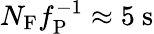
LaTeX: N_{\mathrm{F}}f_{\mathrm{P}}^{-1}\approx 5~\mathrm{s}